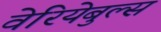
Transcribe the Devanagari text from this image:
वेरियेबुल्स